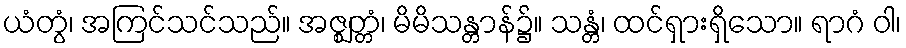
ယံတွံ၊ အကြင်သင်သည်။ အဇ္ဈတ္တံ၊ မိမိသန္တာန်၌။ သန္တံ၊ ထင်ရှားရှိသော။ ရာဂံ ဝါ၊